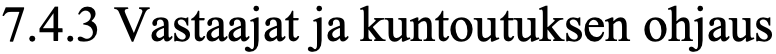
7.4.3 Vastaajat ja kuntoutuksen ohjaus